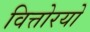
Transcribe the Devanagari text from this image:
वित्तोरयो